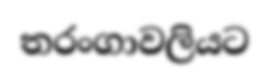
තරංගාවලියට